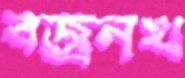
বজ্রনখ